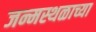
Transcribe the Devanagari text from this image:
जन्मस्थळाच्या